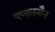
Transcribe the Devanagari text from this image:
एप्पलमैन